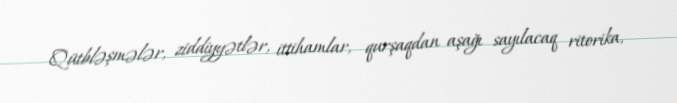
Qütbləşmələr, ziddiyyətlər, ittihamlar, qurşaqdan aşağı sayılacaq ritorika,